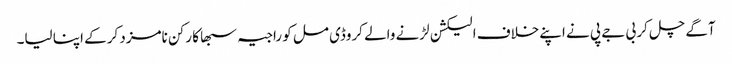
آگے چل کر بی جے پی نے اپنےخلاف الیکشن لڑنے والے کروڈی مل کو راجیہ سبھا کا رکن نامزد کرکے اپنا لیا۔